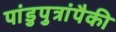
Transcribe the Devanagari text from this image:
पांडुपुत्रांपैकी